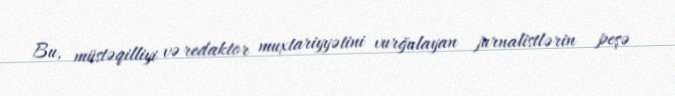
Bu, müstəqilliyi və redaktor muxtariyyətini vurğulayan jurnalistlərin peşə